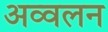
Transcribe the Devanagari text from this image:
अव्वलन